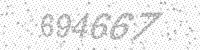
Solution: 694667